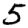
Digit: 5